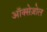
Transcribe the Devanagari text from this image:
ऑक्सेज़ोल